Lunatic asylums Central Provinces reports 1874-1885 - 1874-1885
Year: 1874
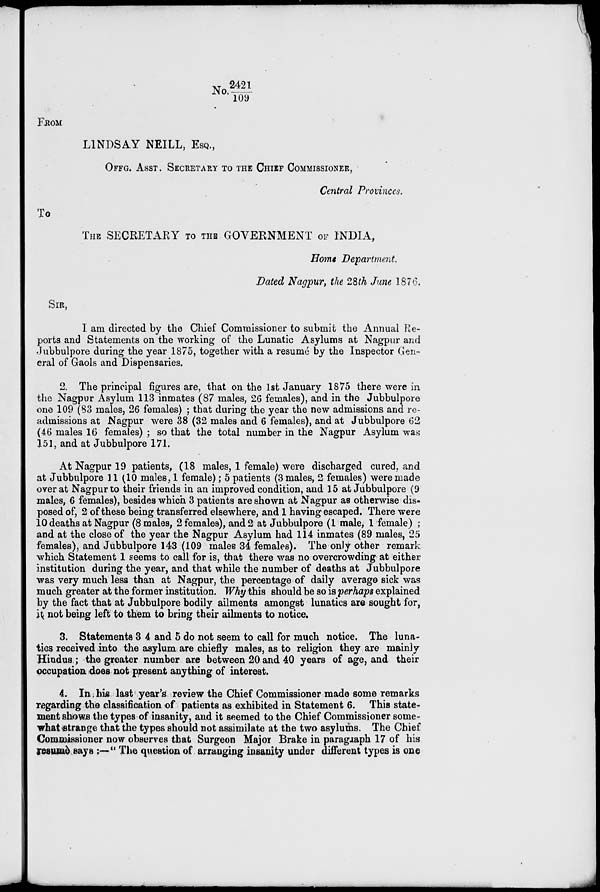
No. 2421/109
FROM
LINDSAY NEILL, ESQ.,
OFFG. ASST. SECRETARY TO THE CHIEF COMMISSIONER,
Central Provinces.
To
THE SECRETARY TO THE GOVERNMENT OF INDIA,
Home Department.
Dated Nagpur, the 28th June 1876.
SIR,
I am directed by the Chief Commissioner to submit the Annual Re-
ports and Statements on the working of the Lunatic Asylums at Nagpur and
Jubbulpore during the year 1875, together with a resumé by the Inspector Gen-
eral of Gaols and Dispensaries.
2. The principal figures are, that on the 1st January 1875 there were in
the Nagpur Asylum 113 inmates (87 males, 26 females), and in the Jubbulpore
one 109 (83 males, 26 females) ; that during the year the new admissions and re-
admissions at Nagpur were 38 (32 males and 6 females), and at Jubbulpore 62
(46 males 16 females) ; so that the total number in the Nagpur Asylum was
151, and at Jubbulpore 171.
At Nagpur 19 patients, (18 males, 1 female) were discharged cured, and
at Jubbulpore 11 (10 males, 1 female); 5 patients (3 males, 2 females) were made
over at Nagpur to their friends in an improved condition, and 15 at Jubbulpore (9
males, 6 females), besides which 3 patients are shown at Nagpur as otherwise dis-
posed of, 2 of these being transferred elsewhere, and 1 having escaped. There were
10 deaths at Nagpur (8 males, 2 females), and 2 at Jubbulpore (1 male, 1 female) ;
and at the close of the year the Nagpur Asylum had 114 inmates (89 males, 25
females), and Jubbulpore 143 (109 males 34 females). The only other remark
which Statement 1 seems to call for is, that there was no overcrowding at either
institution during the year, and that while the number of deaths at Jubbulpore
was very much less than at Nagpur, the percentage of daily average sick was
much greater at the former institution. Why this should be so is perhaps explained
by the fact that at Jubbulpore bodily ailments amongst lunatics are sought for,
it not being left to them to bring their ailments to notice.
3. Statements 3 4 and 5 do not seem to call for much notice. The luna-
tics received into the asylum are chiefly males, as to religion they are mainly
Hindus ; the greater number are between 20 and 40 years of age, and their
occupation does not present anything of interest.
4. In his last year's review the Chief Commissioner made some remarks
regarding the classification of patients as exhibited in Statement 6. This state-
ment shows the types of insanity, and it seemed to the Chief Commissioner some-
what strange that the types should not assimilate at the two asylums. The Chief
Commissioner now observes that Surgeon Major Brake in paragraph 17 of his
resumè says ;—" The question of arranging insanity under different types is one